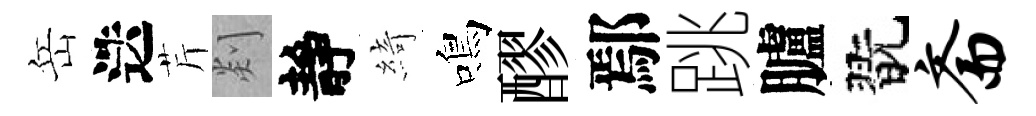
岳迭芹剡靜綺鳴醪鄢跳臚翫斋